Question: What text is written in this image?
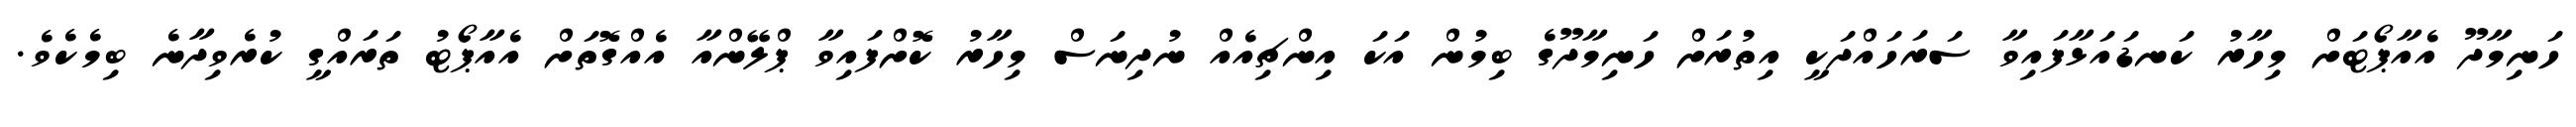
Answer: ހަނިމާދޫ އެއާޕޯޓަށް މިހާރު ކަނޑައަޅާފައިވާ ސަރަހައްދަކީ އިތުރަށް ހަނިމާދޫގެ ބިމުން އަކަ އިންޗިއެއް ނުދިނަސް މިހާރު ކޮށްފައިވާ ޕްލޭންއާ އެއްގޮތަށް އެއާޕޯޓު ތަރައްގީ ކުރެވިދާނެ ބިމެކެވެ.